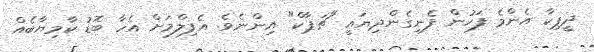
ދީޕިކާ އެންމެ ފަހުން ފެނިގެންދިޔައީ "ޗަޕާކް" އިންނެވެ. އެފިލްމަށް އެހާ ބޮޑު ކާމިޔާބެއް